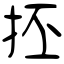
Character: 抷